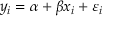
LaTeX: y _ { i } = \alpha + \beta x _ { i } + \varepsilon _ { i }